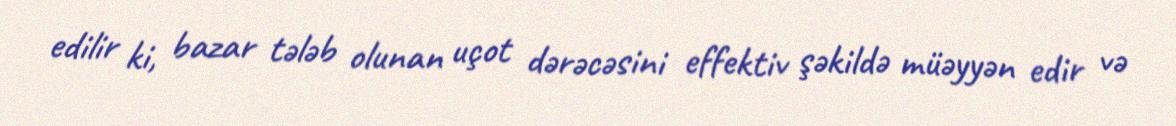
edilir ki, bazar tələb olunan uçot dərəcəsini effektiv şəkildə müəyyən edir və